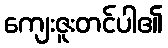
ကျေးဇူးတင်ပါ၏